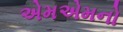
એમએમનો